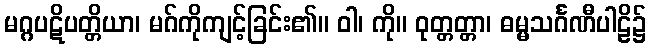
မဂ္ဂပဋိပတ္တိယာ၊ မဂ်ကိုကျင့်ခြင်း၏။ ဝါ၊ ကို။ ဝုတ္တတ္တာ၊ ဓမ္မသင်္ဂဏီပါဠိ၌